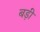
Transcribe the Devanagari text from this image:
बड़़ी